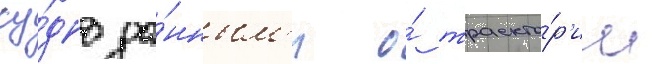
су́дно да́нным'и о́ траекто́р'ии